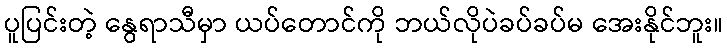
ပူပြင်းတဲ့ နွေရာသီမှာ ယပ်တောင်ကို ဘယ်လိုပဲခပ်ခပ်မ အေးနိုင်ဘူး။